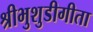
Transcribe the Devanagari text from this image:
श्रीभुशुडीगीता